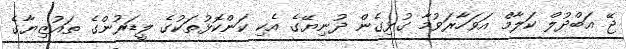
ޖޭ އަބްދުލް ކަލާމް އަވަހާރަވުމާ ގުޅިގެން ދުނިޔޭގެ އެކި ކަންކޮޅުތަކުގެ ލީޑަރުންގެ ތައުޒިޔާގެ